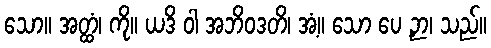
သော။ အတ္ထံ၊ ကို။ ယဒိ ဝါ အဘိဝဒတိ၊ အံ့။ သော ပေ ဉှာ၊ သည်။